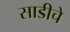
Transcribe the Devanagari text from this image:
साडीचे